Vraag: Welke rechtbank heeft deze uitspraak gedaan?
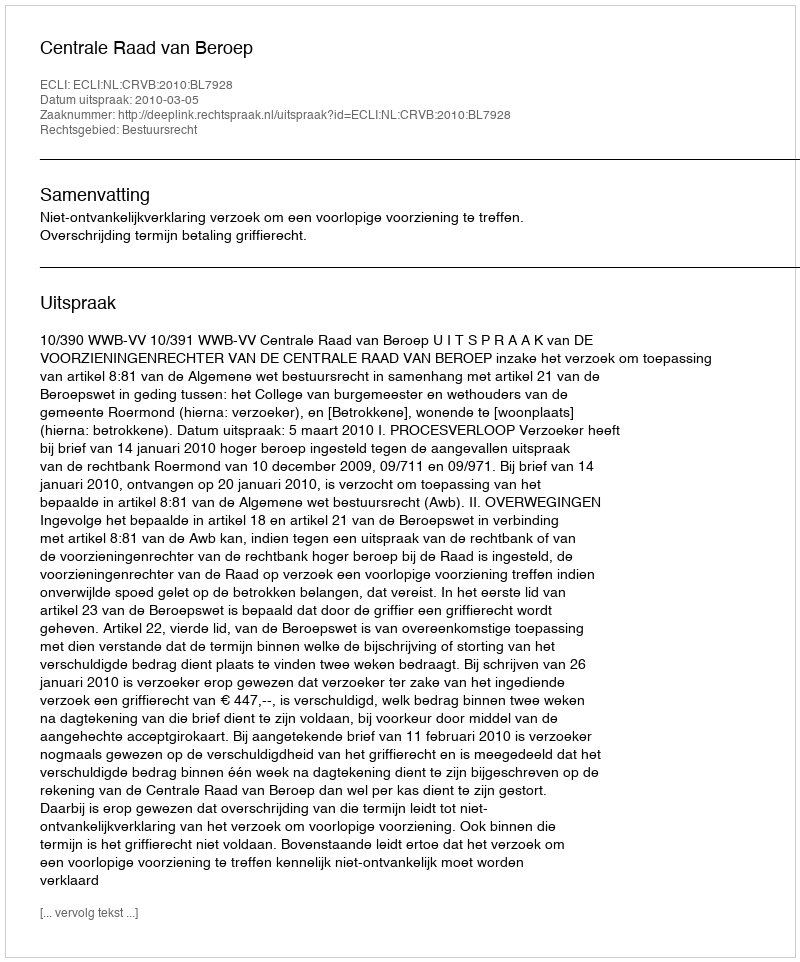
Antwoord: Centrale Raad van Beroep